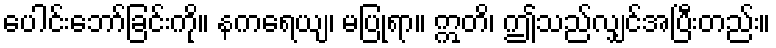
ပေါင်းဘော်ခြင်းကို။ နကရေယျ၊ မပြုရာ။ ဣတိ၊ ဤသည်လျှင်အပြီးတည်း။